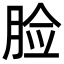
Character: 脸